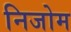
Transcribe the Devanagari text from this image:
निजोम